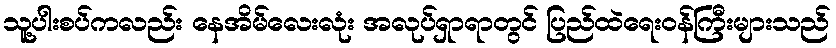
သူ့ပါးစပ်ကလည်း နေအိမ်လေးလုံး အလုပ်ရှာရာတွင် ပြည်ထဲရေးဝန်ကြီးများသည်